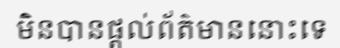
មិនបានផ្តល់ព័ត៌មាននោះទេ